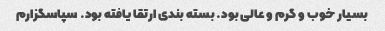
بسیار خوب و گرم و عالی بود. بسته بندی ارتقا یافته بود. سپاسگزارم